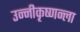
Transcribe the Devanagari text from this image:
उन्नीकृष्णन्ला